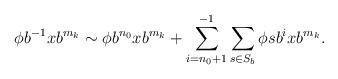
LaTeX: \begin{align*}\phi b^{-1}xb^{m_k}\sim\phi b^{n_0}xb^{m_k}+\sum_{i=n_0+1}^{-1}\sum_{s\in S_b}\phi sb^ixb^{m_k}.\end{align*}